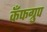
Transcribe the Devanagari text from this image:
कँफग्रुप